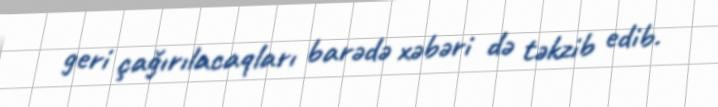
geri çağırılacaqları barədə xəbəri də təkzib edib.